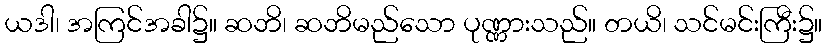
ယဒါ၊ အကြင်အခါ၌။ ဆဘိ၊ ဆဘိမည်သော ပုဏ္ဏားသည်။ တယိ၊ သင်မင်းကြီး၌။